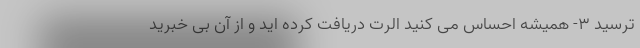
ترسید ۳- همیشه احساس می کنید الرت دریافت کرده اید و از آن بی خبرید